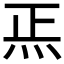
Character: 𱪲